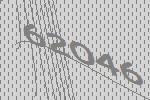
62046